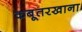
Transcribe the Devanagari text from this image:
कबूतरखाना